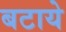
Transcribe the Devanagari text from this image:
बटाये